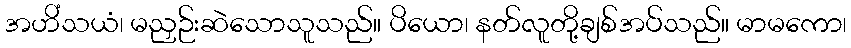
အဟိံသယံ၊ မညှဉ်းဆဲသောသူသည်။ ပိယော၊ နတ်လူတို့ချစ်အပ်သည်။ မာမကော၊